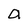
Character: a